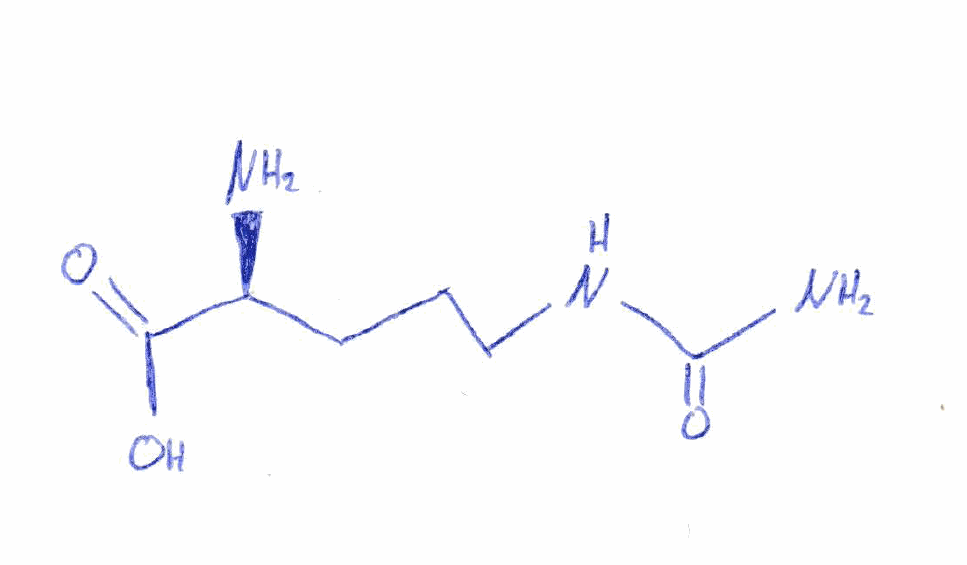
Simplified molecular-input line-entry system (SMILES) notation of the given molecule:
C(C[C@@H](C(=O)O)N)CNC(=O)N